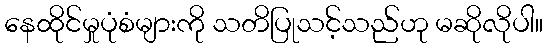
နေထိုင်မှုပုံစံများကို သတိပြုသင့်သည်ဟု မဆိုလိုပါ။